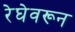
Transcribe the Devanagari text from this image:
रेघेवरून